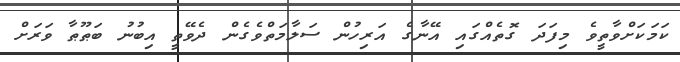
ކަމަކަށްވާތީވެ މިފަދަ ގޮތެއްގައި އޭނާގެ އަރިހުން ސަލާމަތްވެގެން ދެވޭތީ އިބުނު ބަޠޫޠާ ވަރަށް